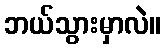
ဘယ်သွားမှာလဲ။